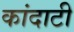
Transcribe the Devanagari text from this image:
कांदाटी